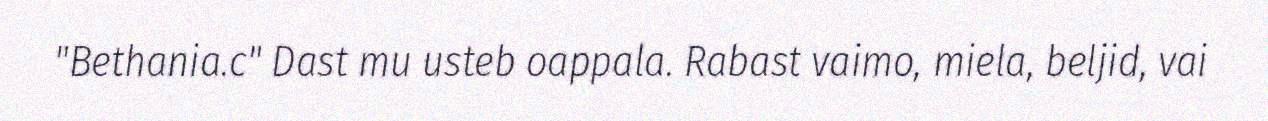
"Bethania.c" Dast mu usteb oappala. Rabast vaimo, miela, beljid, vai